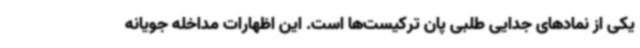
یکی از نمادهای جدایی طلبی پان ترکیست‌ها است. این اظهارات مداخله جویانه